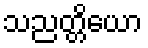
သညတ္တိယော